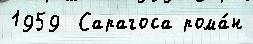
1959  Сарагоса рома́н